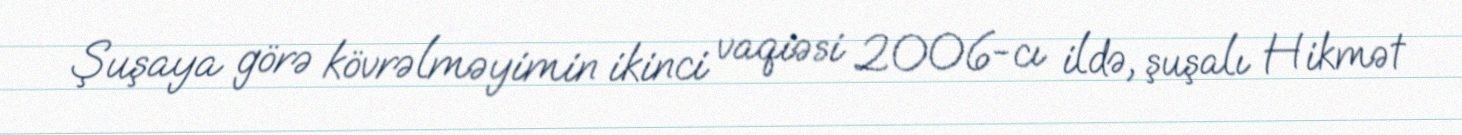
Şuşaya görə kövrəlməyimin ikinci vaqiəsi 2006-cı ildə, şuşalı Hikmət